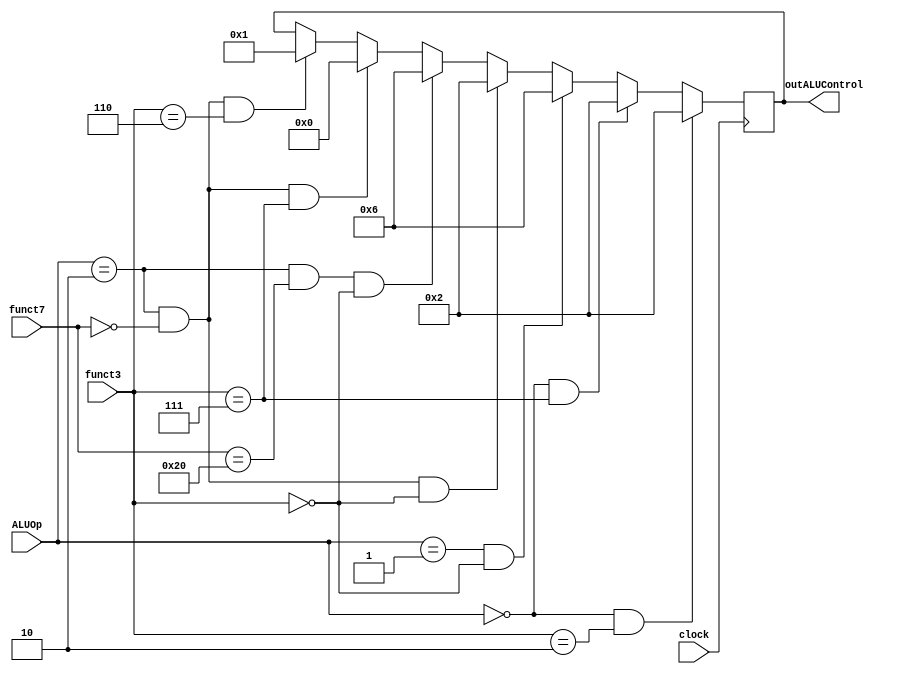
//-------------------------------------------------------
// Type: module
// Department: Ciencias da computao - UFV-Florestal
// Author's Email: joao.andrade1@ufv.br, mateus.h.figueredo@ufv.br, vitor.lacerda@ufv.br
//-------------------------------------------------------
// Release history
// Version Date            Description 
// 0.1     01/07/2022      Archive creation
// 0.2     02/07/2022      Version with code
//-------------------------------------------------------
// Keywords:   alu, control, controller, alu control
//-------------------------------------------------------
// Purpose:    Control of the alu

module ALUControl(
    outALUControl,
    funct7,
    funct3,
    ALUOp,
    clock
);
    output reg[3:0] outALUControl;  // Output to control the ALU

    input[6:0] funct7;          // Function 7 of the Instruction
    input[2:0] funct3;          // Function 3 of the Instruction
    input[1:0] ALUOp;           // ALU operation from the Controller
    input clock;

    always @(posedge clock)
        begin
            if (ALUOp == 2'b00 && funct3 == 3'b010)      //outALUControl => ld
                begin
                    outALUControl <= 4'b0010;
                end
            else if (ALUOp == 2'b00 && funct3 == 3'b111) //outALUControl => sd
                begin
                    outALUControl <= 4'b0010;
                end
            else if (ALUOp == 2'b01 && funct3 == 3'b000) //outALUControl => beq
                begin
                    outALUControl <= 4'b0110;
                end
            else if (ALUOp == 2'b10 && funct7 == 7'b0000000 && funct3 == 3'b000) // outALUControl => add
                begin
                    outALUControl <= 4'b0010;
                end
            else if (ALUOp == 2'b10 && funct7 == 7'b0100000 && funct3 == 3'b000) // outALUControl => sub
                begin
                    outALUControl <= 4'b0110;
                end
            else if (ALUOp == 2'b10 && funct7 == 7'b0000000 && funct3 == 3'b111) // outALUControl => and
                begin
                    outALUControl <= 4'b0000;
                end
            else if (ALUOp == 2'b10 && funct7 == 7'b0000000 && funct3 == 3'b110) // outALUControl => or
                begin
                    outALUControl <= 4'b0001;
                end
        end

endmodule